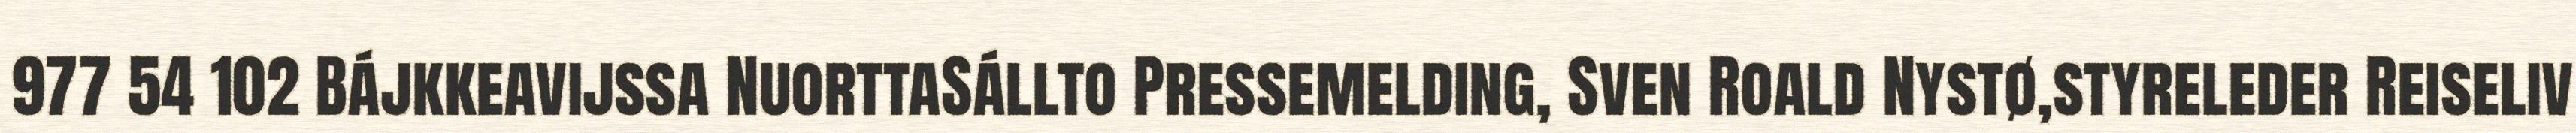
977 54 102 Bájkkeavijssa NuorttaSállto Pressemelding, Sven Roald Nystø,styreleder Reiseliv